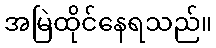
အမြဲထိုင်နေရသည်။